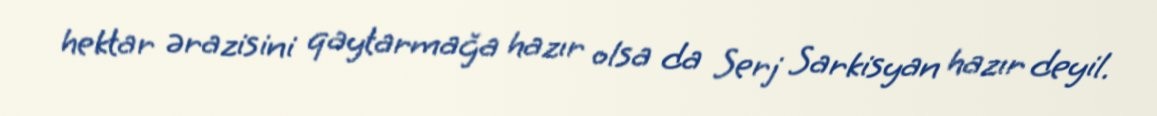
hektar ərazisini qaytarmağa hazır olsa da Serj Sarkisyan hazır deyil.